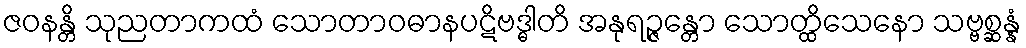
ဇဝနန္တိ သုညတာကထံ သောတာဝဓာနပဋိဗဒ္ဓါတိ အနုရဉ္ဇန္တော သောတ္ထိသေနော သဗ္ဗစ္ဆန္နံ